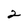
Character: 2